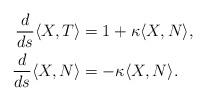
LaTeX: \begin{align*}\frac{d}{ds}\langle X,T\rangle &= 1+\kappa\langle X,N\rangle,\\\frac{d}{ds}\langle X,N\rangle &=-\kappa\langle X,N\rangle.\end{align*}